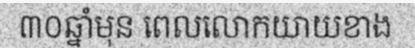
៣០ឆ្នាំមុន ពេលលោកយាយខាង